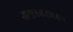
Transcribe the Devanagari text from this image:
नाक्षत्रमनावरून